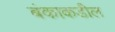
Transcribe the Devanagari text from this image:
बंकाकडील